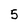
Character: 5